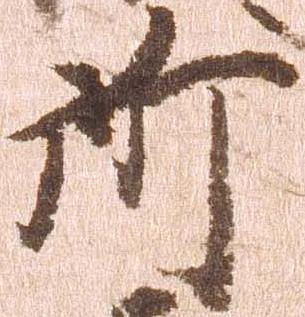
所